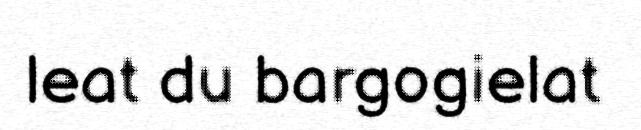
leat du bargogielat